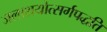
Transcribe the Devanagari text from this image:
जलाशयोत्सर्गपद्धति